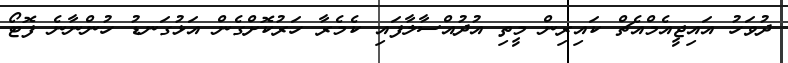
ދުވަހު އައިޖީއެމްއެޗް ކައިރިން މީތި އުދުއްސާލާފައި ކެމެރާ ހަރުކޮށްގެން އަޅުގަނޑު ހުންނާނެ ފޮޓޯ